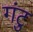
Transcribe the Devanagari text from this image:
गंटु